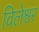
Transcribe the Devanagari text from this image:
विलेश्वर